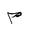
Letter: _mim